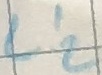
Text: L'2